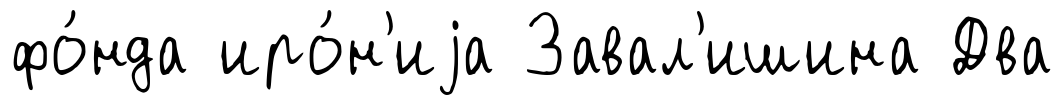
фо́нда иро́н'иjа Завал'ишина Два